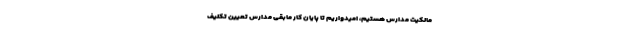
مالکیت مدارس هستیم، امیدواریم تا پایان کار مابقی مدارس تعیین تکلیف